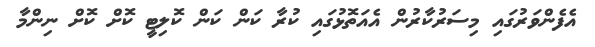
އެފެންވަރުގައި މިސަރުކާރުން އެއަތޮޅުގައި ކުރާ ކަން ކަން ކޮލިޓީ ކޮށް ކޮށް ނިންމާ